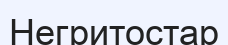
Негритостар